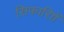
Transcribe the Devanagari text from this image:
सिफारिाों